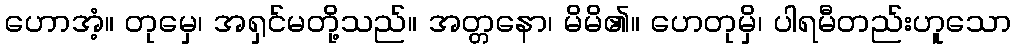
ဟောအံ့။ တုမှေ၊ အရှင်မတို့သည်။ အတ္တနော၊ မိမိ၏။ ဟေတုမှိ၊ ပါရမီတည်းဟူသော